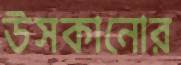
উসকানোর